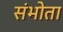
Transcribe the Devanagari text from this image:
संभोता